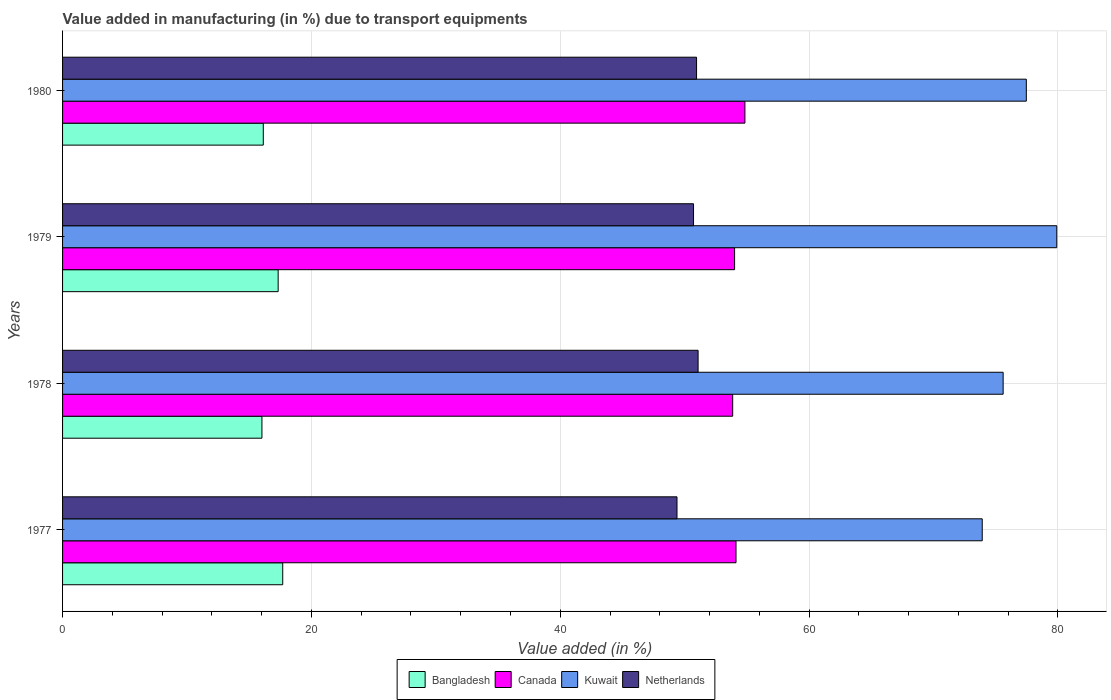
| Years | Bangladesh | Canada | Kuwait | Netherlands |
 | --- | --- | --- | --- | --- |
 | 1977 | 17.7 | 54.1 | 73.9 | 49.4 |
 | 1978 | 16 | 53.9 | 75.6 | 51.1 |
 | 1979 | 17.3 | 54 | 79.9 | 50.7 |
 | 1980 | 16.1 | 54.8 | 77.5 | 51 |